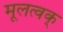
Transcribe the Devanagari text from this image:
मूलत्वक्